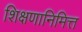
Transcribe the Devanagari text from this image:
शिक्षणानिमित्त